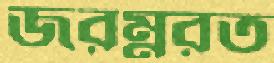
জরম্নরত